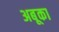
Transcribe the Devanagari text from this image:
अबूका